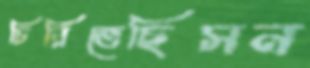
চিরিতেছিসন